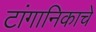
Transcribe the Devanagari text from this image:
टांगानिकाचे